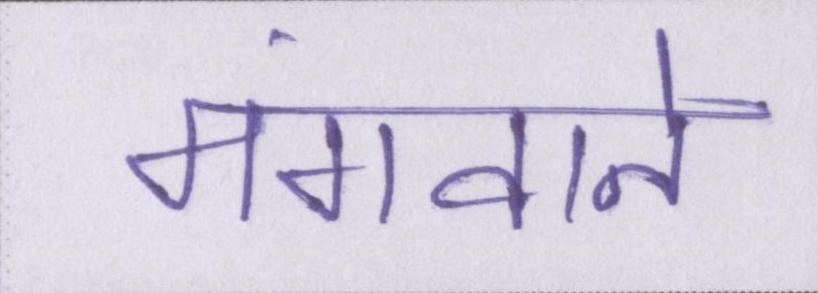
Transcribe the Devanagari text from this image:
मंगवाने